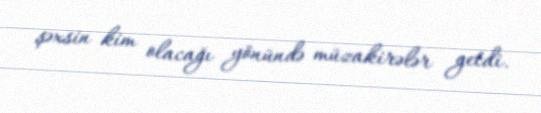
şəxsin kim olacağı yönündə müzakirələr getdi.